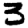
Digit: 3